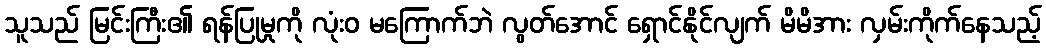
သူသည် မြင်းကြီး၏ ရန်ပြုမှုကို လုံးဝ မကြောက်ဘဲ လွတ်အောင် ရှောင်နိုင်လျက် မိမိအား လှမ်းကိုက်နေသည့်